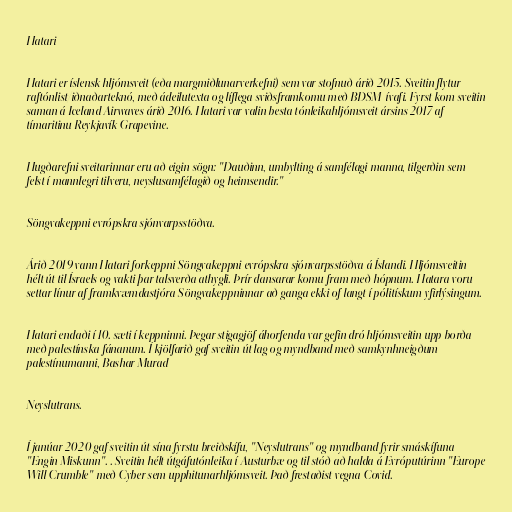
Hatari

Hatari er íslensk hljómsveit (eða margmiðlunarverkefni) sem var stofnuð árið 2015. Sveitin flytur
raftónlist/iðnaðarteknó, með ádeilutexta og líflega sviðsframkomu með BDSM-ívafi. Fyrst kom sveitin
saman á Iceland Airwaves árið 2016. Hatari var valin besta tónleikahljómsveit ársins 2017 af
tímaritinu Reykjavík Grapevine.

Hugðarefni sveitarinnar eru að eigin sögn: "Dauðinn, umbylting á samfélagi manna, tilgerðin sem
felst í mannlegri tilveru, neyslusamfélagið og heimsendir."

Söngvakeppni evrópskra sjónvarpsstöðva.

Árið 2019 vann Hatari forkeppni Söngvakeppni evrópskra sjónvarpsstöðva á Íslandi. Hljómsveitin
hélt út til Ísraels og vakti þar talsverða athygli. Þrír dansarar komu fram með hópnum. Hatara voru
settar línur af framkvæmdastjóra Söngvakeppninnar að ganga ekki of langt í pólitískum yfirlýsingum.

Hatari endaði í 10. sæti í keppninni. Þegar stigagjöf áhorfenda var gefin dró hljómsveitin upp borða
með palestínska fánanum. Í kjölfarið gaf sveitin út lag og myndband með samkynhneigðum
palestínumanni, Bashar Murad

Neyslutrans.

Í janúar 2020 gaf sveitin út sína fyrstu breiðskífu, "Neyslutrans" og myndband fyrir smáskífuna
"Engin Miskunn". . Sveitin hélt útgáfutónleika í Austurbæ og til stóð að halda á Evróputúrinn "Europe
Will Crumble" með Cyber sem upphitunarhljómsveit. Það frestaðist vegna Covid.